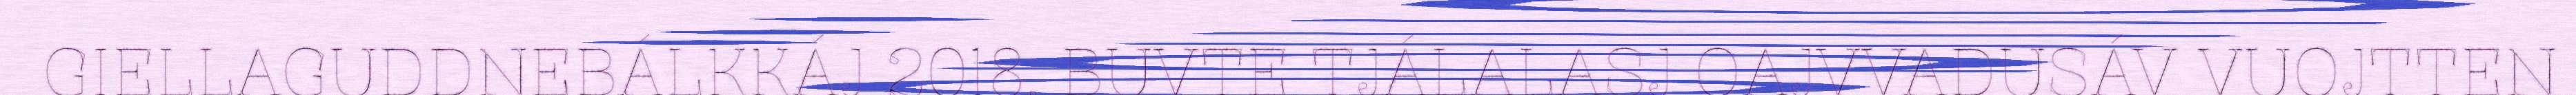
GIELLAGUDDNEBÁLKKÁJ 2018. BUVTE TJÁLALASJ OAJVVADUSÁV VUOJTTEN